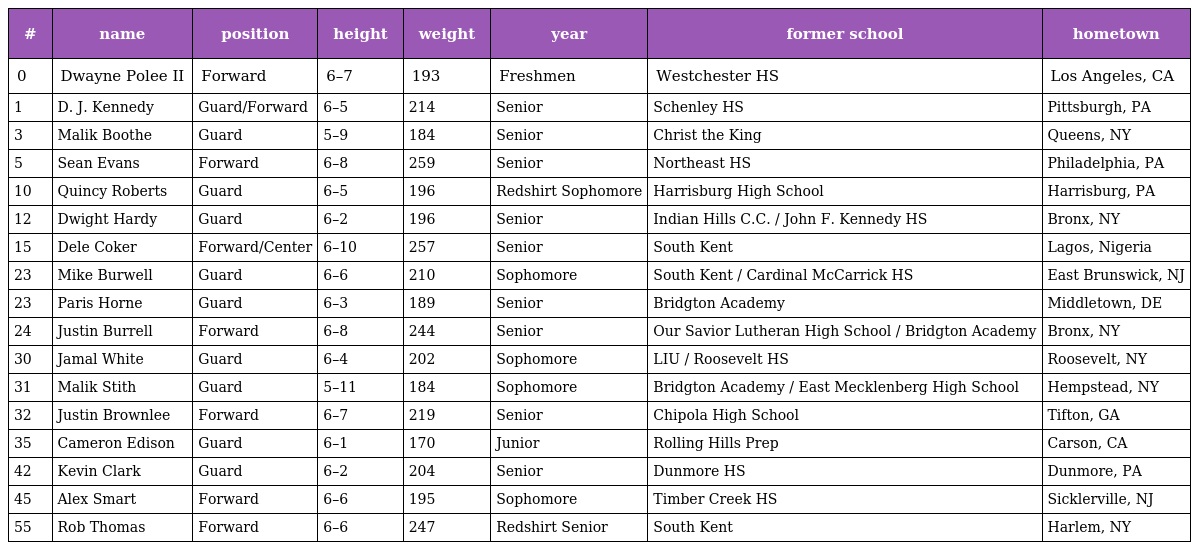
| # | name | position | height | weight | year | former school | hometown |
 | --- | --- | --- | --- | --- | --- | --- | --- |
 | 0 | Dwayne Polee II | Forward | 6–7 | 193 | Freshmen | Westchester HS | Los Angeles, CA |
 | 1 | D. J. Kennedy | Guard/Forward | 6–5 | 214 | Senior | Schenley HS | Pittsburgh, PA |
 | 3 | Malik Boothe | Guard | 5–9 | 184 | Senior | Christ the King | Queens, NY |
 | 5 | Sean Evans | Forward | 6–8 | 259 | Senior | Northeast HS | Philadelphia, PA |
 | 10 | Quincy Roberts | Guard | 6–5 | 196 | Redshirt Sophomore | Harrisburg High School | Harrisburg, PA |
 | 12 | Dwight Hardy | Guard | 6–2 | 196 | Senior | Indian Hills C.C. / John F. Kennedy HS | Bronx, NY |
 | 15 | Dele Coker | Forward/Center | 6–10 | 257 | Senior | South Kent | Lagos, Nigeria |
 | 23 | Mike Burwell | Guard | 6–6 | 210 | Sophomore | South Kent / Cardinal McCarrick HS | East Brunswick, NJ |
 | 23 | Paris Horne | Guard | 6–3 | 189 | Senior | Bridgton Academy | Middletown, DE |
 | 24 | Justin Burrell | Forward | 6–8 | 244 | Senior | Our Savior Lutheran High School / Bridgton Academy | Bronx, NY |
 | 30 | Jamal White | Guard | 6–4 | 202 | Sophomore | LIU / Roosevelt HS | Roosevelt, NY |
 | 31 | Malik Stith | Guard | 5–11 | 184 | Sophomore | Bridgton Academy / East Mecklenberg High School | Hempstead, NY |
 | 32 | Justin Brownlee | Forward | 6–7 | 219 | Senior | Chipola High School | Tifton, GA |
 | 35 | Cameron Edison | Guard | 6–1 | 170 | Junior | Rolling Hills Prep | Carson, CA |
 | 42 | Kevin Clark | Guard | 6–2 | 204 | Senior | Dunmore HS | Dunmore, PA |
 | 45 | Alex Smart | Forward | 6–6 | 195 | Sophomore | Timber Creek HS | Sicklerville, NJ |
 | 55 | Rob Thomas | Forward | 6–6 | 247 | Redshirt Senior | South Kent | Harlem, NY |